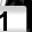
Digit: 1